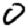
Digit: 0